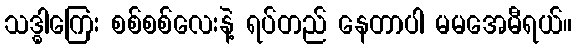
သဒ္ဓါကြေး စစ်စစ်လေးနဲ့ ရပ်တည် နေတာပါ မမအေမီရယ်။